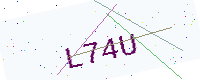
Text: L74U